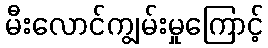
မီးလောင်ကျွမ်းမှုကြောင့်